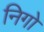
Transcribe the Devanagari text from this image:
निगो